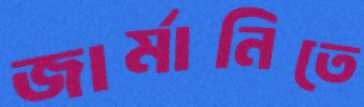
জার্মানিতে